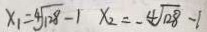
x _ { 1 } = 4 \sqrt { 1 2 8 } - 1 x _ { 2 } = - 4 \sqrt { 1 2 8 } - 1